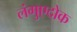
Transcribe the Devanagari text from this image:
लंगुएदोक